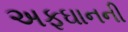
અફઘાનની